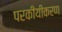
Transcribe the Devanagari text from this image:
परकीयीकरण